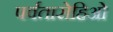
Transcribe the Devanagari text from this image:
पर्वतारोहिओं